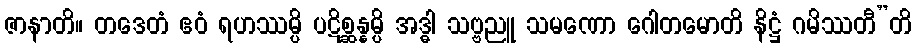
ဇာနာတိ။ တဒေတံ ဧဝံ ရဟဿမ္ပိ ပဋိစ္ဆန္နမ္ပိ အဒ္ဓါ သဗ္ဗညူ သမဏော ဂေါတမောတိ နိဋ္ဌံ ဂမိဿတီ”တိ